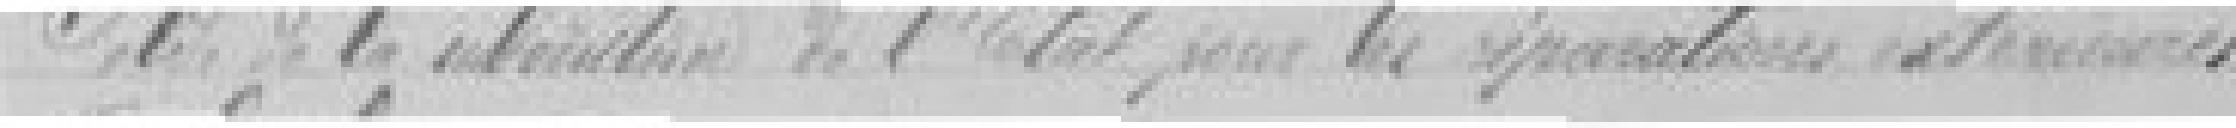
16. Vote de la subvention de l'Etat pour les réparations extérieures